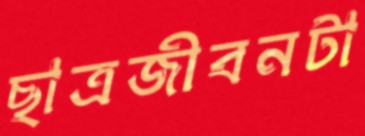
ছাত্রজীবনটা